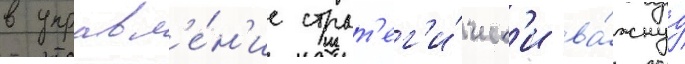
в управл'е́н'ие страт'ег'и́ческ'и ва́жнуу